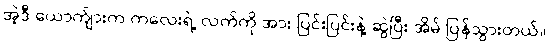
အဲ့ဒီ ယောက်ျားက ကလေးရဲ့ လက်ကို အား ပြင်းပြင်းနဲ့ ဆွဲပြီး အိမ် ပြန်သွားတယ်။